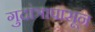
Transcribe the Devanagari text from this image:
गुदांत्रापासून